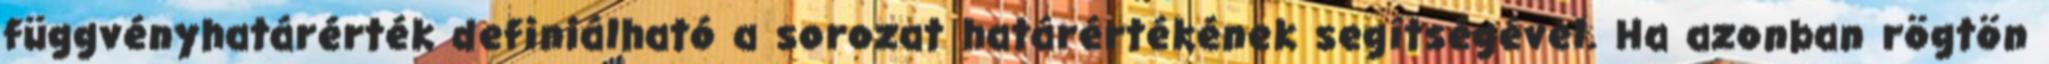
függvényhatárérték definiálható a sorozat határértékének segítségével. Ha azonban rögtön